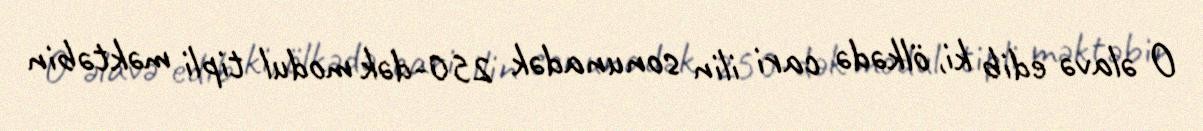
O əlavə edib ki, ölkədə cari ilin sonunadək 250-dək modul tipli məktəbin